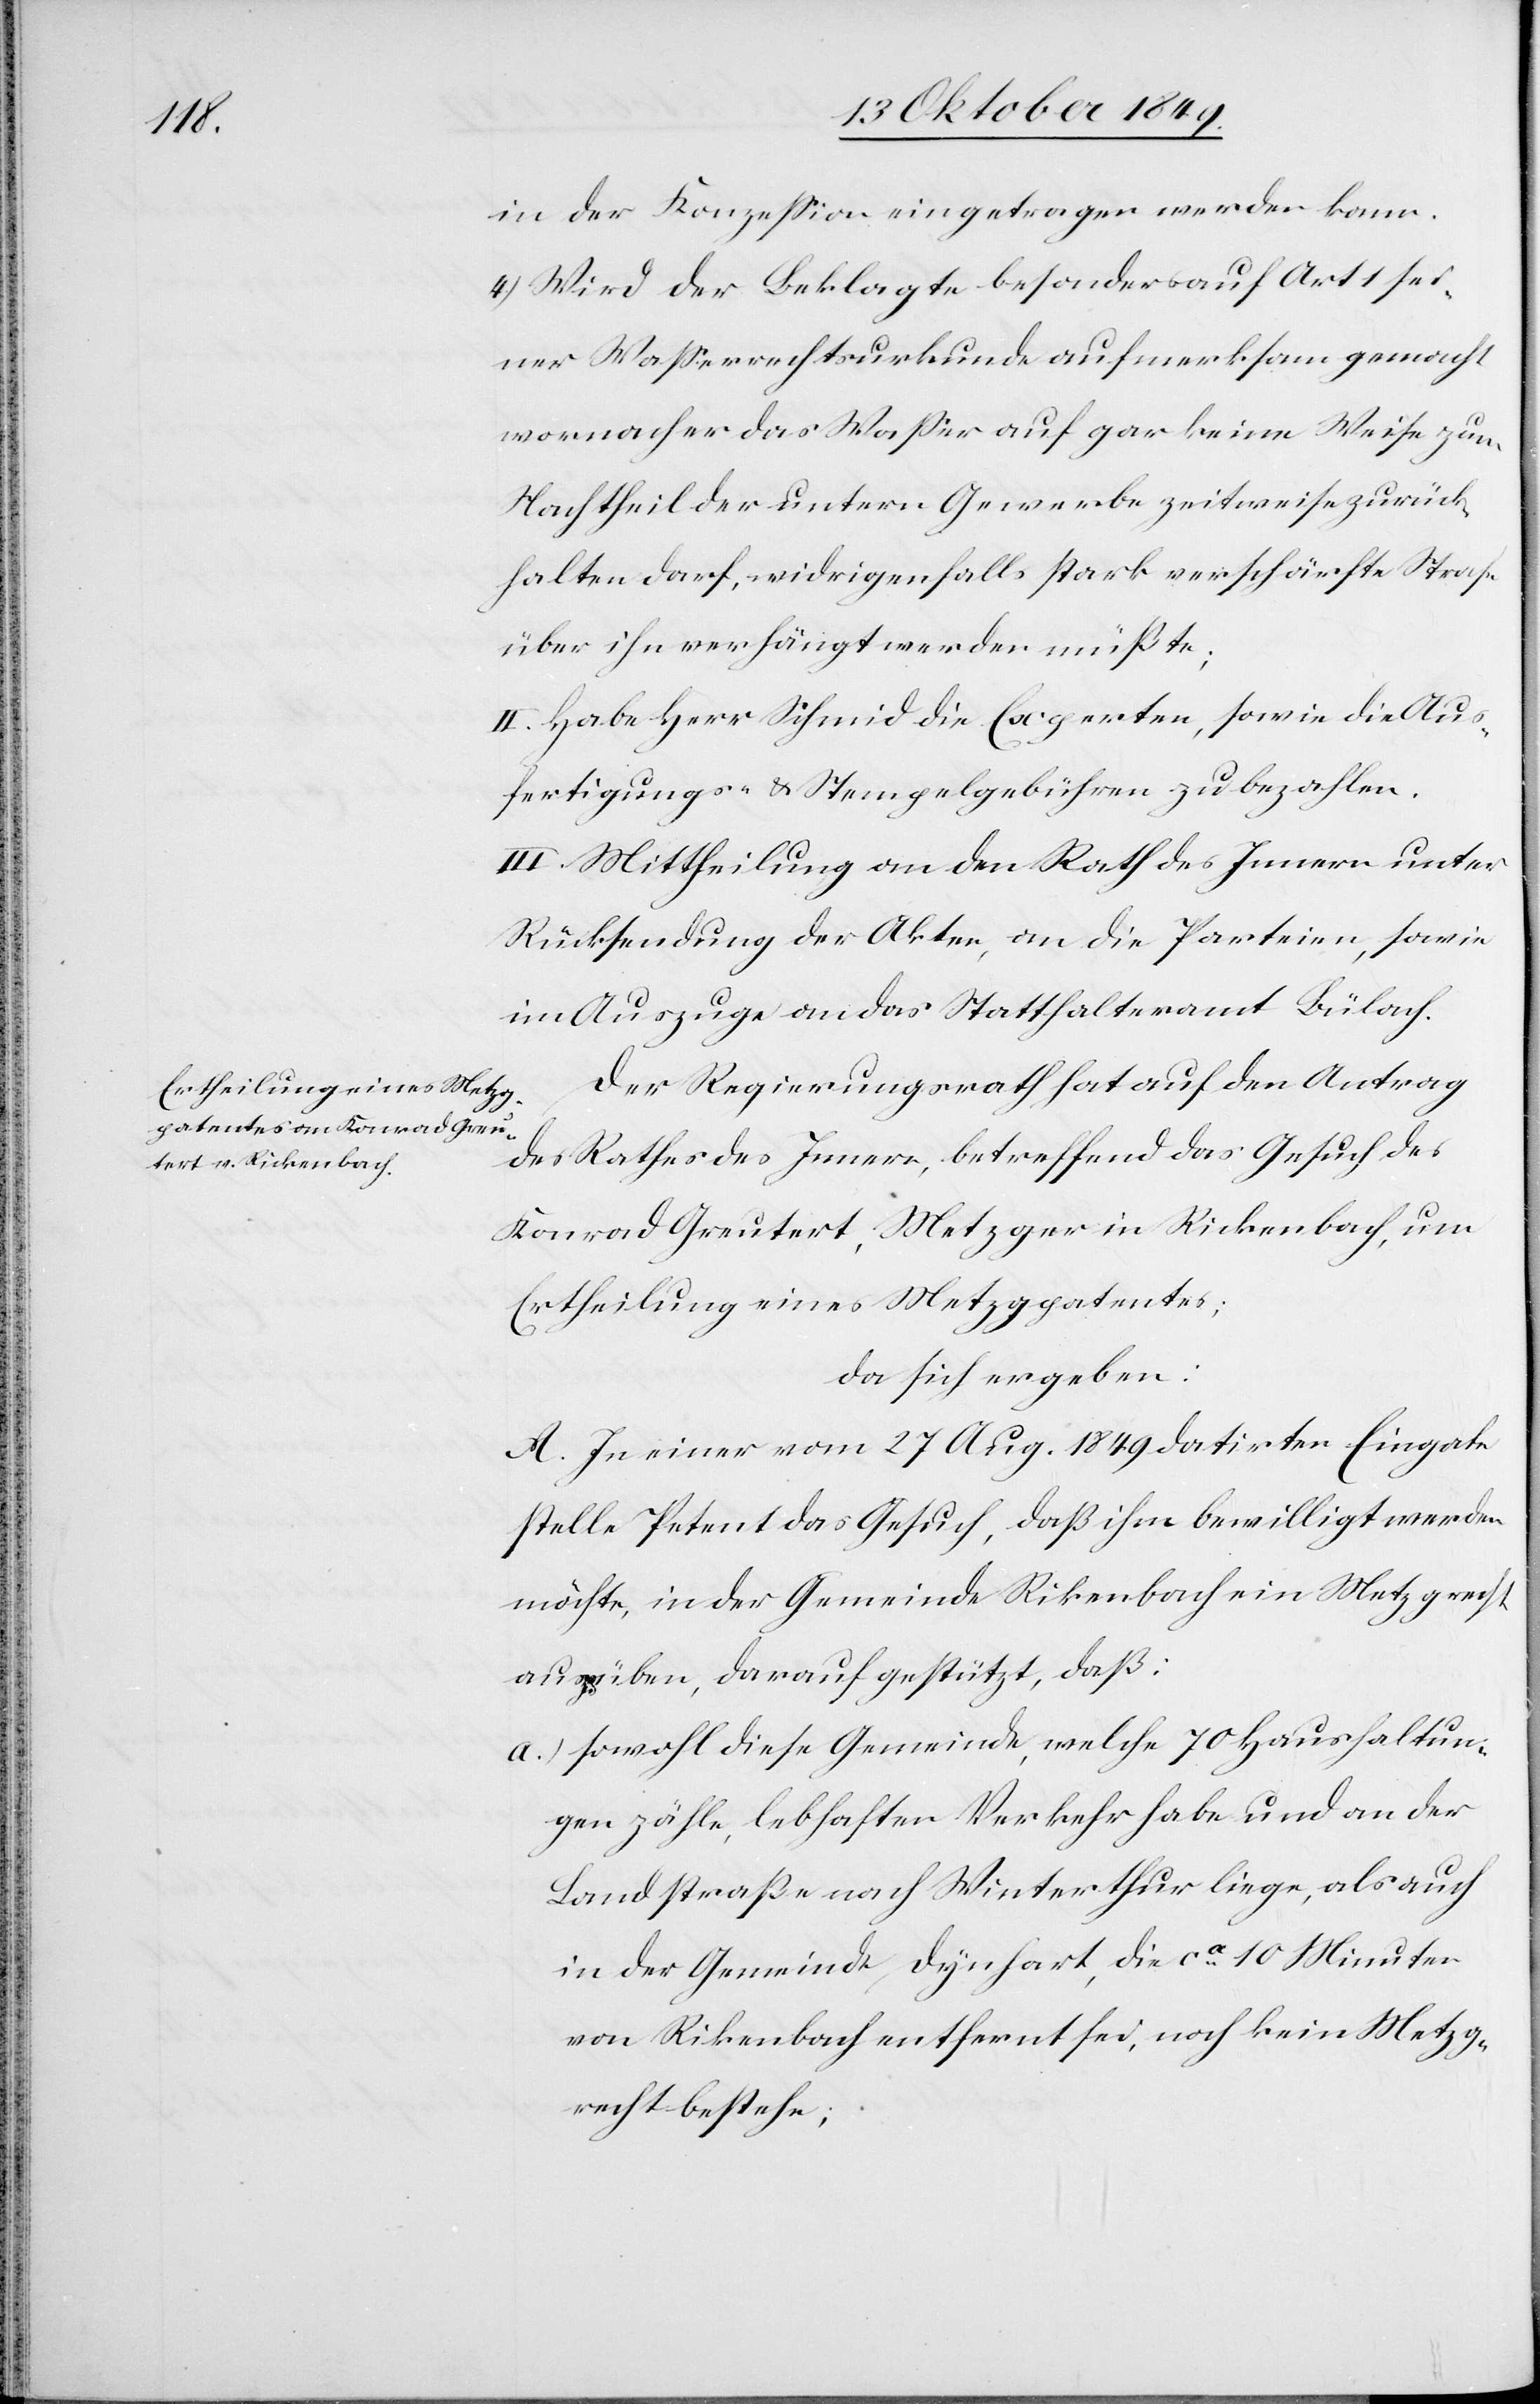
in der Konzeßion eingetragen werden kann.
4) Wird der Beklagte besonders auf Art 1 sei¬
ner Waßerrechtsurkunde aufmerksam gemacht
Nachtheil der untern Gewerbe zeitweise zurück¬
halten darf, widrigenfalls stark verschärfte Strafe
über ihn verhängt werden müßte;
II. Habe Herr Schmid die Experten, sowie die Aus¬
fertigungs- u. Stempelgebühren zu bezahlen.
III. Mittheilung an den Rath des Innern unter
Rücksendung der Akten, an die Parteien, sowie
im Auszuge an das Statthalteramt Bülach.
Der Regierungsrath hat auf den Antrag
des Rathes des Innern, betreffend das Gesuch des
Konrad Greutert, Metzger in Rickenbach, um
Ertheilung eines Metzgpatentes;
da sich ergeben:
A. In einer vom 27 Aug. 1849 datirten Eingabe
stelle Petent das Gesuch, daß ihm bewilligt werden
möchte, in der Gemeinde Rickenbach ein Metzgrecht
auszuüben, darauf gestützt, daß:
a.) sowohl diese Gemeinde, welche 70 Haushaltun¬
gen zähle, lebhaften Verkehr habe und an der
Landstraße nach Winterthur liege, als auch
in der Gemeinde Dynhart, die ca 10 Minuten
von Rickenbach entfernt sei, noch kein Metzg¬
recht bestehe;